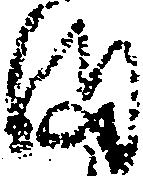
ま